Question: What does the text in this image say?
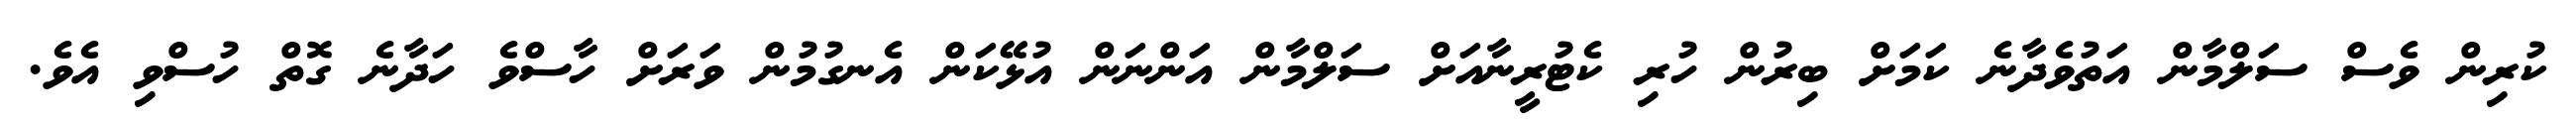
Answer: ކުރިން ވެސް ސަލްމާން އަތުވެދާނެ ކަމަށް ބިރުން ހުރި ކެޓުރީނާއަށް ސަލްމާން އަންނަން އުޅޭކަން އެނގުމުން ވަރަށް ހާސްވެ ހަދާނެ ގޮތް ހުސްވި އެވެ.